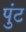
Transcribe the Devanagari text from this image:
पुंट